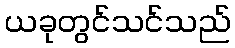
ယခုတွင်သင်သည်